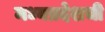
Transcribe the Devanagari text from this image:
मध्यप्रदेशची